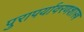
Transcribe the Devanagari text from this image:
पुरापर्यावरणशास्त्र